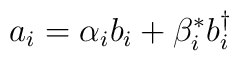
a_i =  \alpha_{i}b_i + \beta_{i}^{*} b_i^{\dagger}